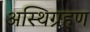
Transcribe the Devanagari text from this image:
अस्थिग्रहण